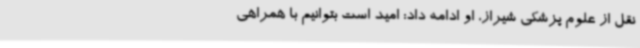
نقل از علوم پزشکی شیراز، او ادامه داد: امید است بتوانیم با همراهی